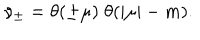
\nu _ { \pm } = \theta ( \pm \mu ) \; \theta ( | \mu | - m ) .